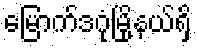
မြောက်ဒဂုံမြို့နယ်ရှိ